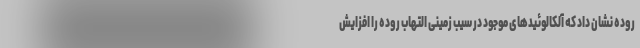
روده نشان داد که آلکالوئیدهای موجود در سیب زمینی التهاب روده را افزایش